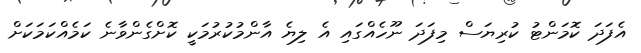
އެފަދަ ކޮމަންޓު ކުރިޔަސް މިފަދަ ނޫހެއްގައި އެ ލިޔެ އާންމުކުރުމަކީ ކޮށްގެންވާނެ ކަމެއްކަމަކަށް